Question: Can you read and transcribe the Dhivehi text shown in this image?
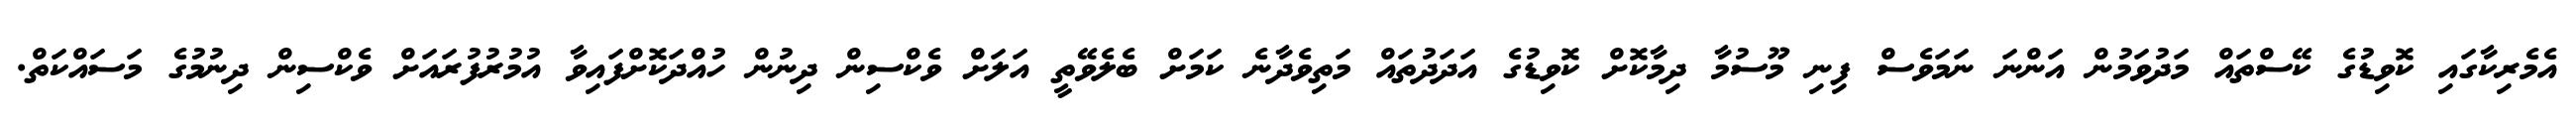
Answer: އެމެރިކާގައި ކޮވިޑުގެ ކޭސްތައް މަދުވަމުން އަންނަ ނަމަވެސް ފިނި މޫސުމާ ދިމާކޮށް ކޮވިޑުގެ އަދަދުތައް މަތިވެދާނެ ކަމަށް ބެލެވޭތީ އަލަށް ވެކްސިން ދިނުން ހުއްދަކޮށްފައިވާ އުމުރުފުރައަށް ވެކްސިން ދިނުމުގެ މަސައްކަތް.